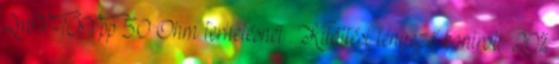
2mV-10Vpp 50 Ohm terhelésnél . Kitöltési tényező kontroll: 20%